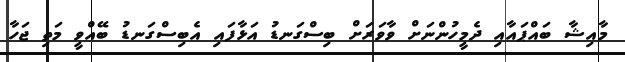
މާއިޝާ ބައްޕައާއި ދެމީހުންނަށް ވާވަރަށް ބިސްގަނޑު އަޅާފައި އެބިސްގަނޑު ބޭއްވީ މަތި ޖަހާ